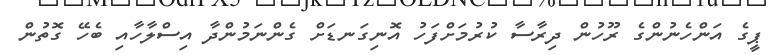
ޕީގެ އަންހެނުންގެ ރޫހުން ދިރާސާ ކުރުމަށްފަހު އޮނިގަނޑަށް ގެންނަމުންދާ އިސްލާހާއި ބެހޭ ގޮތުން